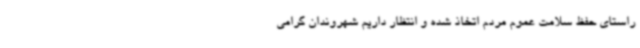
راستای حفظ سلامت عموم مردم اتخاذ شده و انتظار داریم شهروندان گرامی